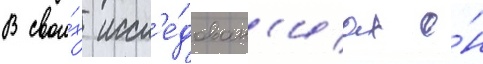
В свои́х иссл'е́дован'иах о́н